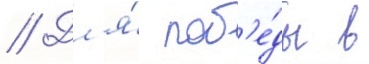
// Дл'я́ поб'е́ды в